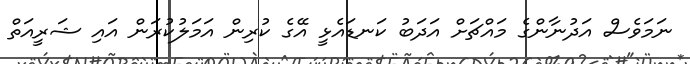
ނަމަވެސް އަދުނާންގެ މައްޗަށް އަދަބު ކަނޑައެޅީ އޭގެ ކުރިން އަމަލުކުރަން އައި ޝަރީއަތް